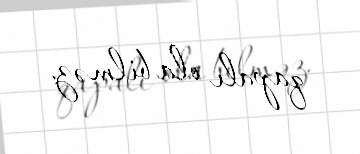
qapalı ola bilməz.